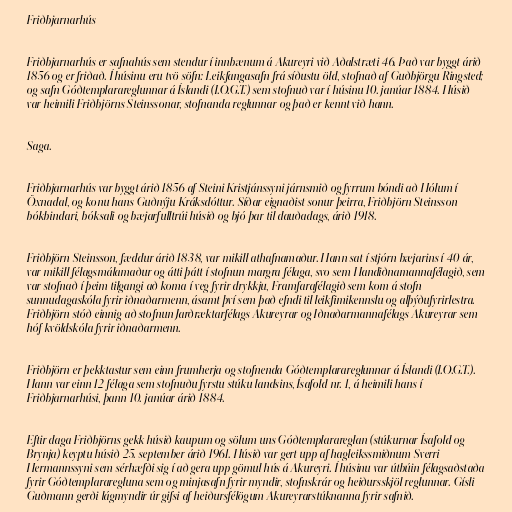
Friðbjarnarhús

Friðbjarnarhús er safnahús sem stendur í innbænum á Akureyri við Aðalstræti 46. Það var byggt árið
1856 og er friðað. Í húsinu eru tvö söfn: Leikfangasafn frá síðustu öld, stofnað af Guðbjörgu Ringsted;
og safn Góðtemplarareglunnar á Íslandi (I.O.G.T.) sem stofnuð var í húsinu 10. janúar 1884. Húsið
var heimili Friðbjörns Steinssonar, stofnanda reglunnar og það er kennt við hann.

Saga.

Friðbjarnarhús var byggt árið 1856 af Steini Kristjánssyni járnsmið og fyrrum bóndi að Hólum í
Öxnadal, og konu hans Guðnýju Kráksdóttur. Síðar eignaðist sonur þeirra, Friðbjörn Steinsson
bókbindari, bóksali og bæjarfulltrúi húsið og bjó þar til dauðadags, árið 1918.

Friðbjörn Steinsson, fæddur árið 1838, var mikill athafnamaður. Hann sat í stjórn bæjarins í 40 ár,
var mikill félagsmálamaður og átti þátt í stofnun margra félaga, svo sem Handiðnamannafélagið, sem
var stofnað í þeim tilgangi að koma í veg fyrir drykkju, Framfarafélagið sem kom á stofn
sunnudagaskóla fyrir iðnaðarmenn, ásamt því sem það efndi til leikfimikennslu og alþýðufyrirlestra.
Friðbjörn stóð einnig að stofnun Jarðræktarfélags Akureyrar og Iðnaðarmannafélags Akureyrar sem
hóf kvöldskóla fyrir iðnaðarmenn.

Friðbjörn er þekktastur sem einn frumherja og stofnenda Góðtemplarareglunnar á Íslandi (I.O.G.T.).
Hann var einn 12 félaga sem stofnuðu fyrstu stúku landsins, Ísafold nr. 1, á heimili hans í
Friðbjarnarhúsi, þann 10. janúar árið 1884.

Eftir daga Friðbjörns gekk húsið kaupum og sölum uns Góðtemplarareglan (stúkurnar Ísafold og
Brynja) keyptu húsið 25. september árið 1961. Húsið var gert upp af hagleikssmiðnum Sverri
Hermannssyni sem sérhæfði sig í að gera upp gömul hús á Akureyri. Í húsinu var útbúin félagsaðstaða
fyrir Góðtemplararegluna sem og minjasafn fyrir myndir, stofnskrár og heiðursskjöl reglunnar. Gísli
Guðmann gerði lágmyndir úr gifsi af heiðursfélögum Akureyrarstúknanna fyrir safnið.